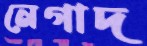
নেগাদ